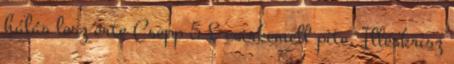
hálás lesz érte Csepp 5 £ csirkemell pite. Illéskrisz